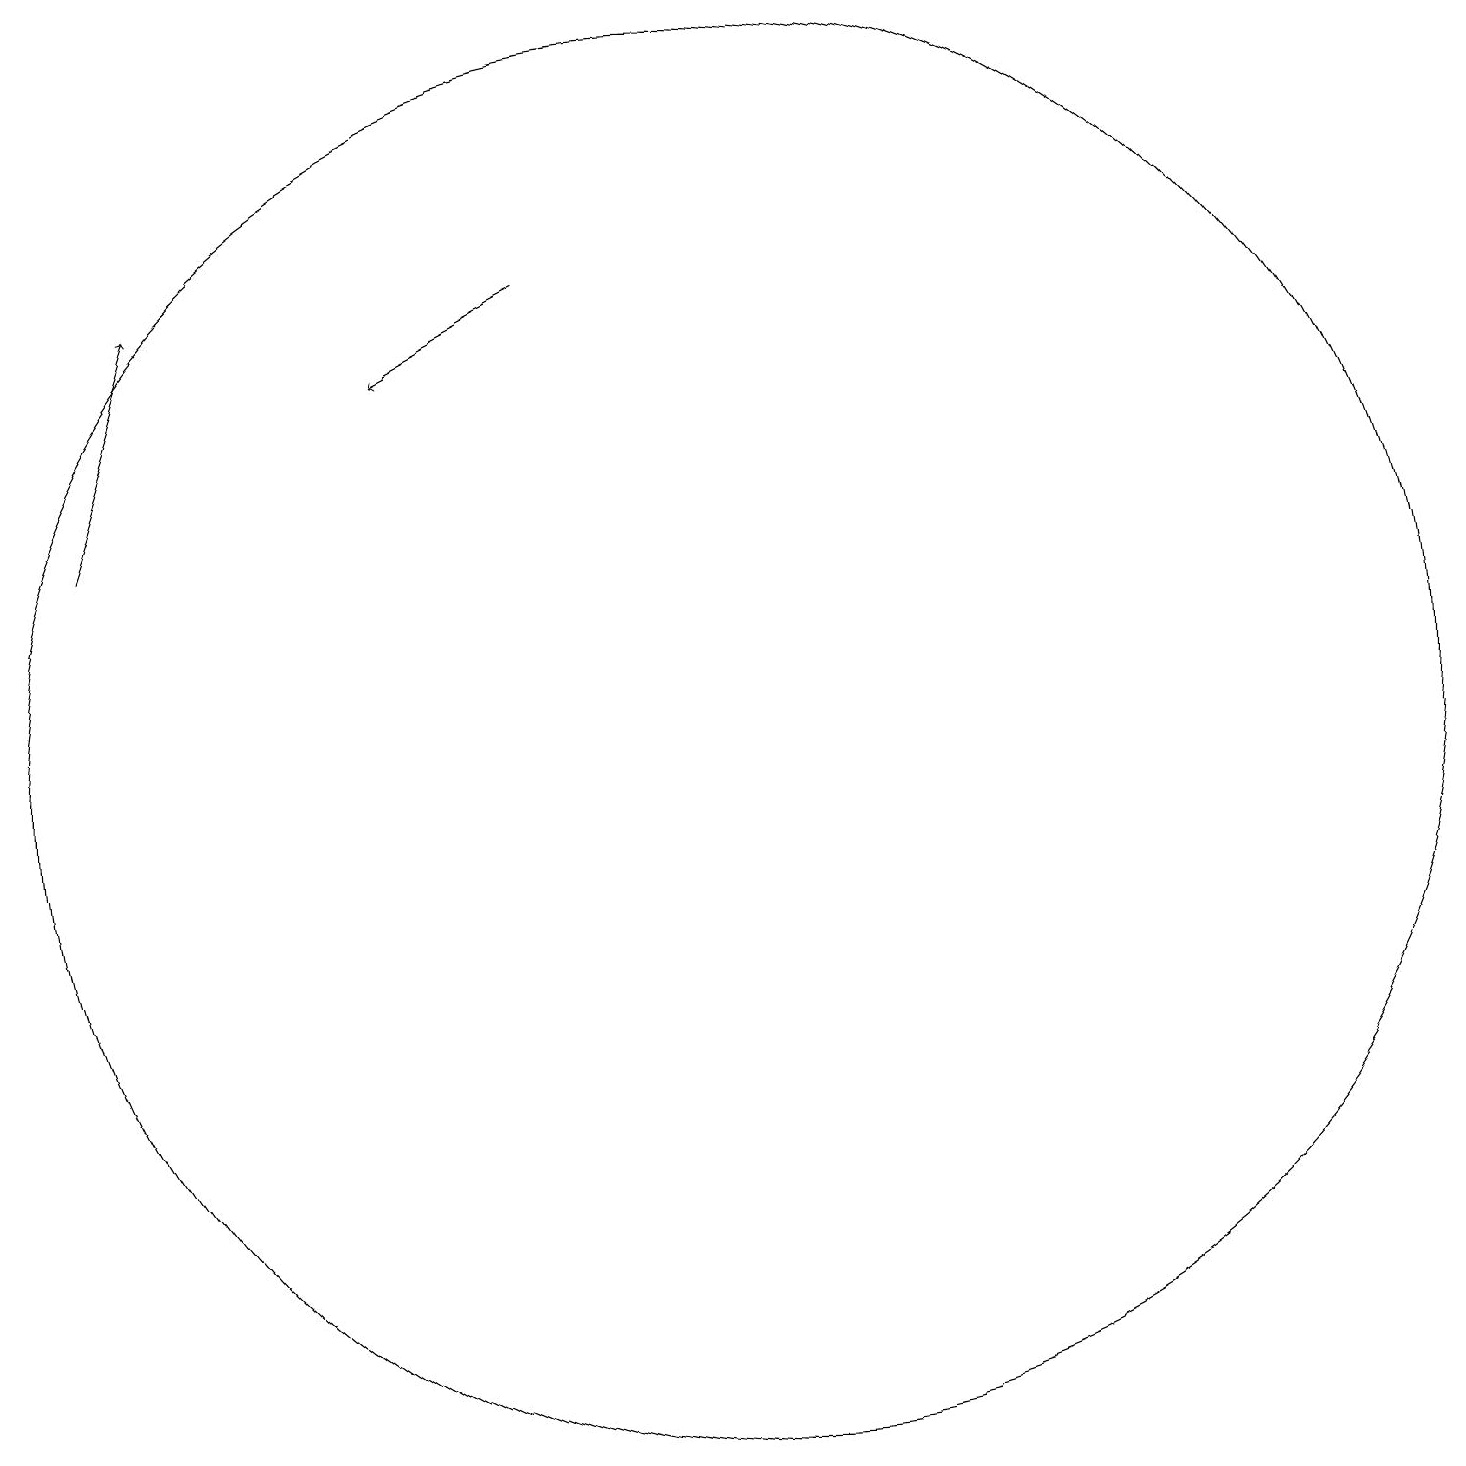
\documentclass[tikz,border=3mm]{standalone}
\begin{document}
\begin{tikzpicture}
\draw (10,11) circle (0);
\draw (11,11) circle (9);
\draw[->] (9,17) -- (7,16);
\draw[->] (3,14) -- (4,17);
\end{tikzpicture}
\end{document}